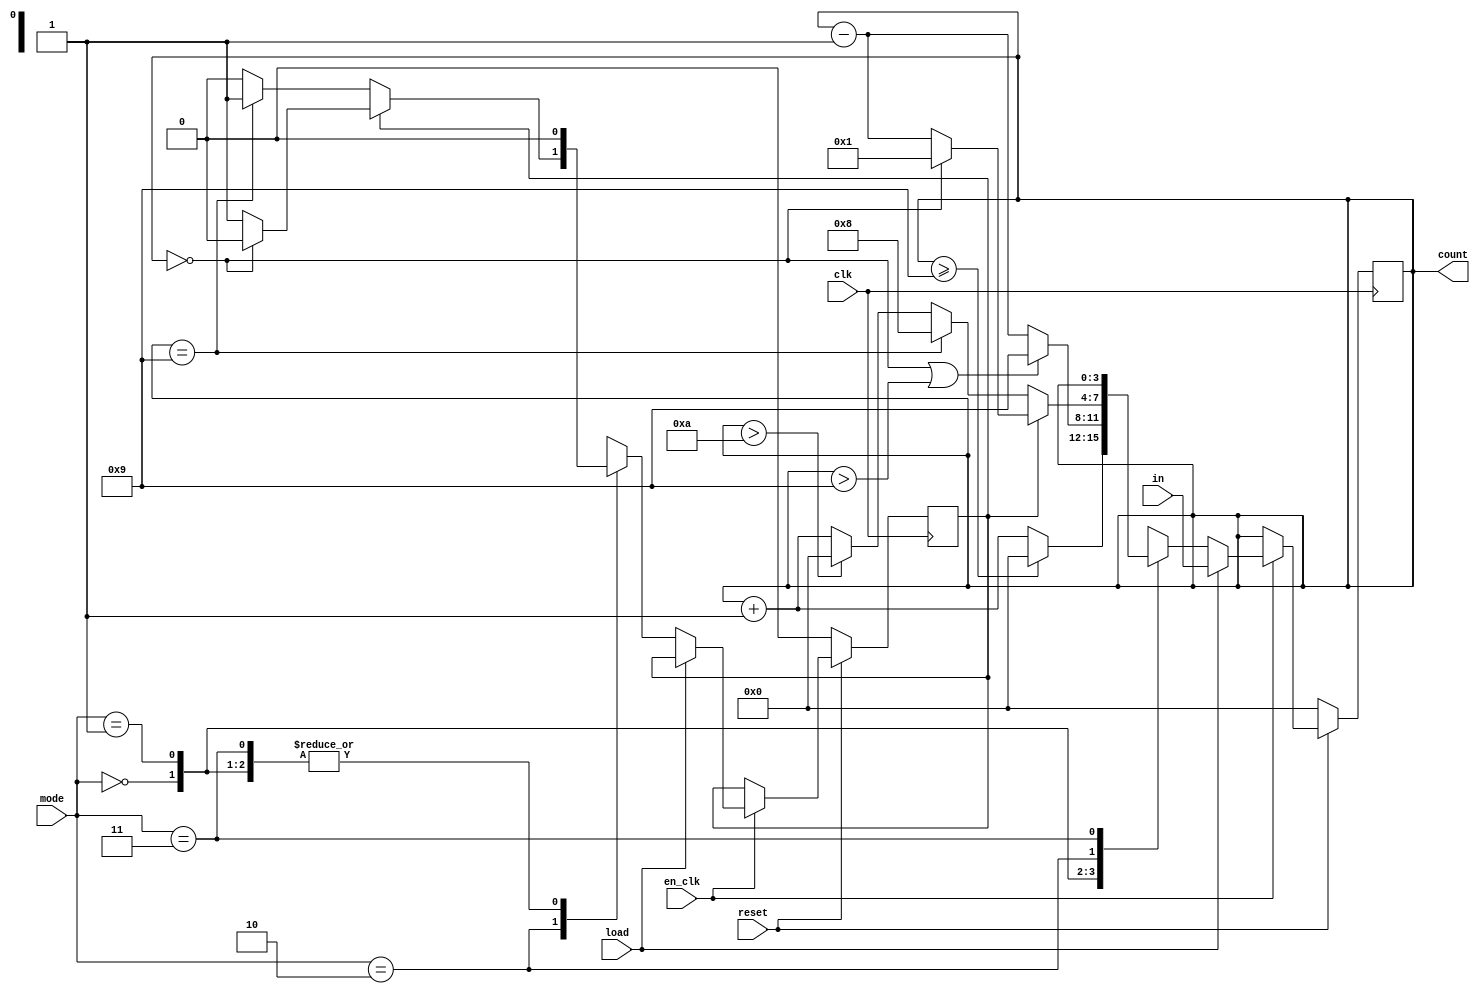
// Name: UJJWAL CHAUDAHRY, M. Tech., ESE [2023 - 2025], IISc Bengaluru
// SR No.: 22577

module modN_counter #(parameter n=10) (
    input wire clk,
    input wire en_clk,
    input wire reset,
    input wire [3:0] in,
    input wire load,
    input wire [1:0] mode,
    output wire [3:0] count
    );

    reg [3:0] count_temp;
    reg flag;

    always @ (posedge clk) begin
        if (reset == 0) begin
                count_temp <= 4'd0;
                flag <= 1'b0;
        end else if(en_clk) begin
            if(load) begin
                count_temp <= in;
            end
            else begin
                case(mode)
                    2'b00: begin
                        count_temp <= (count_temp >= n-1)? 4'd0 : count_temp + 1; // up-counter
                        flag <= 1'b0;
                    end
                    2'b01: begin
                        count_temp <= (count_temp == 4'b0 || count_temp > n-1)? n - 1 :count_temp - 1; // down-counter
                        flag <= 1'b0;
                    end
                    2'b10: begin // up-down counter
                        if(!flag)begin
                            count_temp <= ((count_temp == n-1)? n-2 : (count_temp > n)? 4'd0 : count_temp + 1);
                            if(count_temp == n-1)begin
                                flag <= 1'b1;
                            end else begin
                                flag <= flag;
                            end
                        end
                        else begin
                            count_temp <= (count_temp == 4'b0)? 4'd1 :count_temp - 1;
                            if(count_temp == 4'd0)begin
                                flag <= 1'b0;
                            end else begin
                                flag <= flag;
                            end
                        end
                    end
                    2'b11: begin
                        count_temp <= count_temp; // hold previous value
                        flag <= 1'b0;
                    end
                    default: count_temp <= 4'd0;
                endcase
            end
        end
        else begin
            count_temp <= count_temp;
            flag <= flag;
        end
    end

    assign count = count_temp;

endmodule